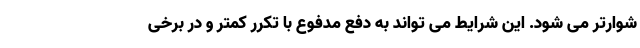
شوارتر می شود. این شرایط می تواند به دفع مدفوع با تکرر کمتر و در برخی